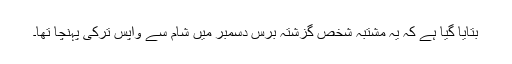
بتایا گیا ہے کہ یہ مشتبہ شخص گزشتہ برس دسمبر میں شام سے واپس ترکی پہنچا تھا۔